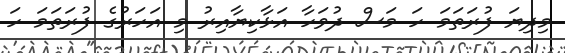
މިދިޔަ ފުރަތަމަ ހަ މަސް ދުވަހާ އަޅާކިޔާއިރު މި އަހަރުގެ ފުރަތަމަ ހަ